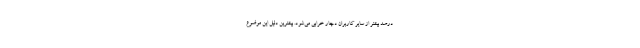
درصد بیشتر از سایر کاربران دچار خرابی می‌شود. بیشترین دلیل این موضوع